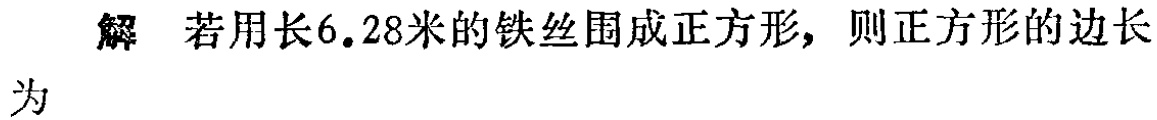
解 若用长6.28米的铁丝围成正方形，则正方形的边长为